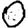
Digit: 0